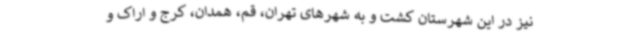
نیز در این شهرستان کشت و به شهرهای تهران، قم، همدان، کرج و اراک و